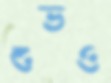
শুভও